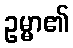
ဥမ္မာ၏